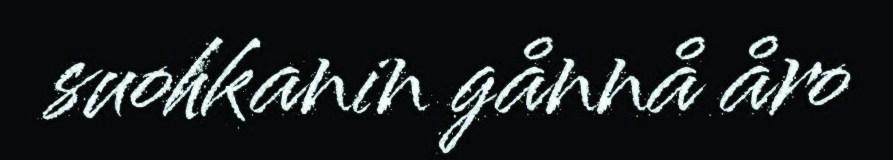
suohkanin gånnå åro